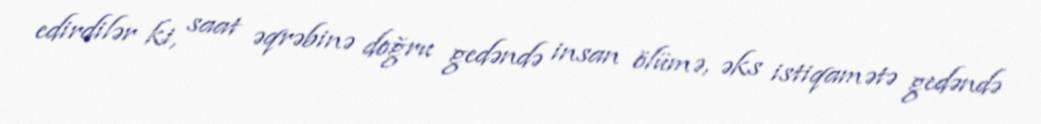
edirdilər ki, saat əqrəbinə doğru gedəndə insan ölümə, əks istiqamətə gedəndə